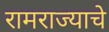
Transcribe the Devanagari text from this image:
रामराज्याचे